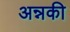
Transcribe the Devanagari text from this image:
अन्नकी